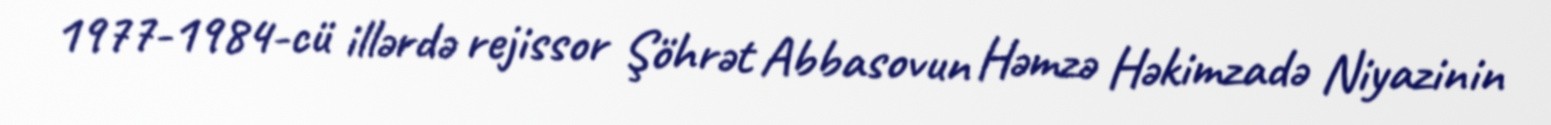
1977-1984-cü illərdə rejissor Şöhrət Abbasovun Həmzə Həkimzadə Niyazinin